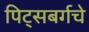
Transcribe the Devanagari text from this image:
पिट्सबर्गचे